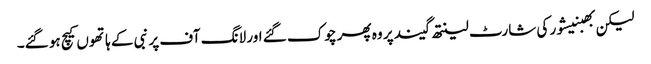
لیکن بھبنیشور کی شارٹ لینتھ گیند پر وہ پھر چوک گئے اور لانگ آف پر نبی کے ہاتھوں کیچ ہو گئے۔